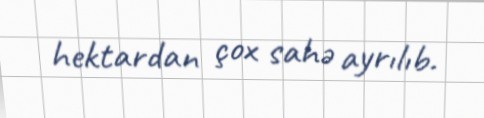
hektardan çox sahə ayrılıb.